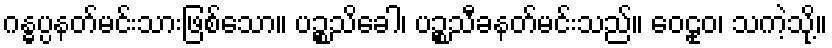
ဂန္ဓပ္ပနတ်မင်းသားဖြစ်သော။ ပဉ္စသိခေါ၊ ပဉ္စသီခနတ်မင်းသည်။ ဝေဠုဝ၊ သကဲ့သို့။